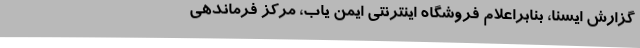
گزارش ایسنا، بنابراعلام فروشگاه اینترنتی ایمن‌ یاب، مرکز فرماندهی